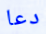
دعا